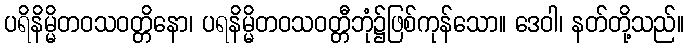
ပရိနိမ္မိတဝသဝတ္တိနော၊ ပရနိမ္မိတဝသဝတ္တီဘုံ၌ဖြစ်ကုန်သော။ ဒေဝါ၊ နတ်တို့သည်။